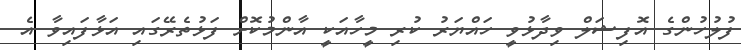
ފުލުހުންގެ އޮފިޝަލް ވިދާޅުވީ ހައްޔަރު ކުރި މީހާއަކީ އާންމުކޮށް ފަޅުތެރޭގައި އަޅާފައިވާ އެ